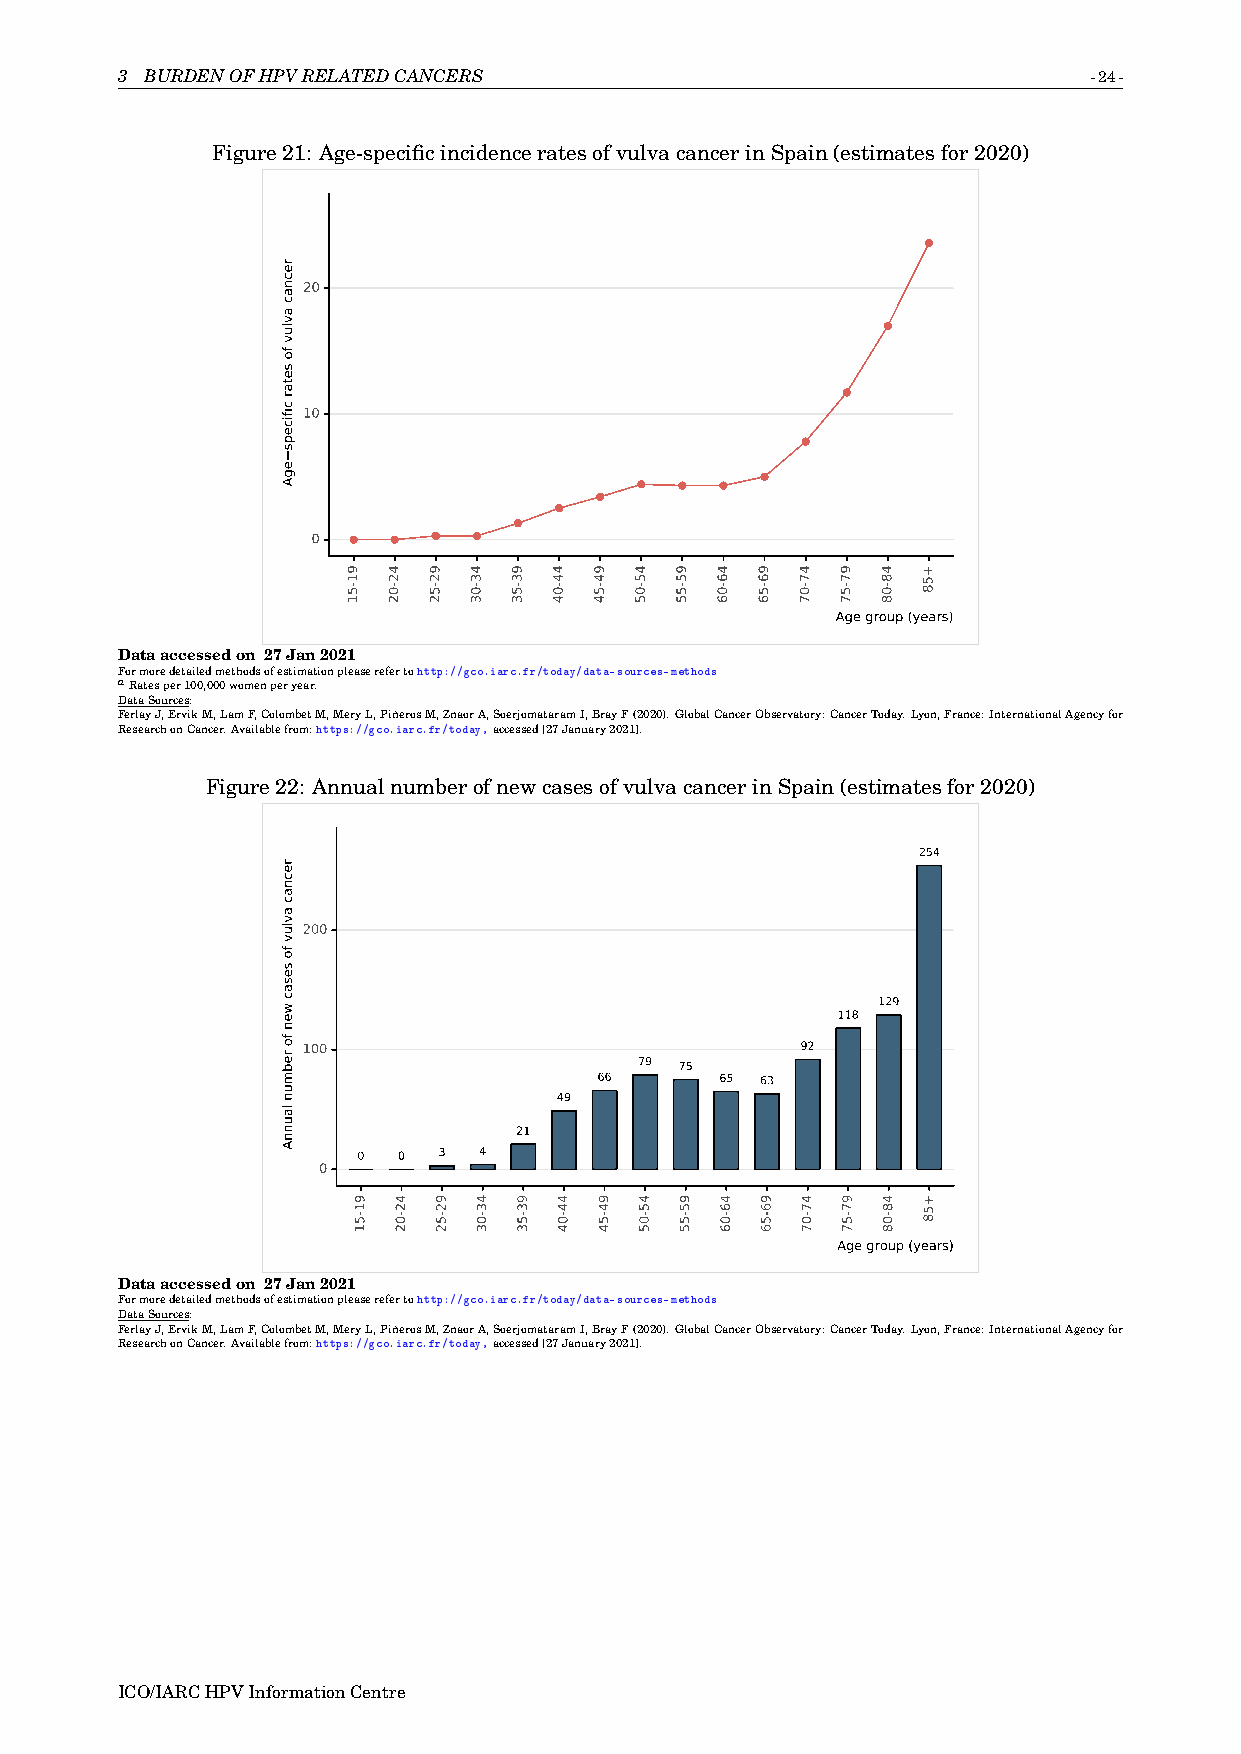
3 BURDENOFHPVRELATEDCANCERS                                     -24-
 Figure21: Age-specificincidenceratesofvulvacancerinSpain(estimatesfor2020)
 20
 10
 0
 Age group (years)
 Dataaccessedon 27Jan2021
 Formoredetailedmethodsofestimationpleaserefertohttp://gco.iarc.fr/today/data-sources-methods
 aRatesper100,000womenperyear.
 DataSources:
 FerlayJ,ErvikM,LamF,ColombetM,MeryL,PiñerosM,ZnaorA,SoerjomataramI,BrayF(2020).GlobalCancerObservatory:CancerToday.Lyon,France:InternationalAgencyfor
 ResearchonCancer.Availablefrom:https://gco.iarc.fr/today,accessed[27January2021].
 Figure22: AnnualnumberofnewcasesofvulvacancerinSpain(estimatesfor2020)
 254
 200
 129
 118
 100                              92
 79 75
 66      65 63
 49
 21
 0 0  3  4
 0
 Age group (years)
 Dataaccessedon 27Jan2021
 Formoredetailedmethodsofestimationpleaserefertohttp://gco.iarc.fr/today/data-sources-methods
 DataSources:
 FerlayJ,ErvikM,LamF,ColombetM,MeryL,PiñerosM,ZnaorA,SoerjomataramI,BrayF(2020).GlobalCancerObservatory:CancerToday.Lyon,France:InternationalAgencyfor
 ResearchonCancer.Availablefrom:https://gco.iarc.fr/today,accessed[27January2021].
 ICO/IARCHPVInformationCentre
 recnac
 avluv
 fo
 setar
 cificeps
 egA
 recnac
 avluv
 fo
 sesac
 wen
 fo
 rebmun
 launnA
 91-51
 91-51
 42-02
 42-02
 92-52
 92-52
 43-03
 43-03
 93-53
 93-53
 44-04
 44-04
 94-54
 94-54
 45-05
 45-05
 95-55
 95-55
 46-06
 46-06
 96-56
 96-56
 47-07
 47-07
 97-57
 97-57
 48-08
 48-08
 +58
 +58